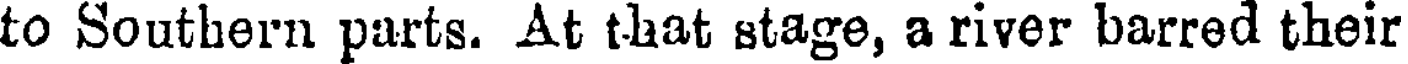
to Southern parts. At that stage, a river barred their